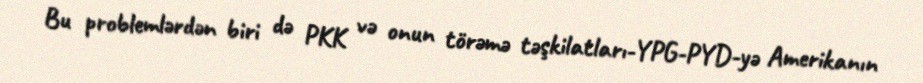
Bu problemlərdən biri də PKK və onun törəmə təşkilatları-YPG-PYD-yə Amerikanın